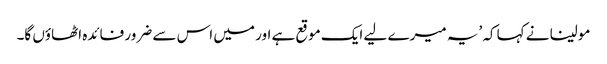
مولینا نے کہا کہ ’یہ میرے لیے ایک موقع ہے اور میں اس سے ضرور فائدہ اٹھاؤں گا۔